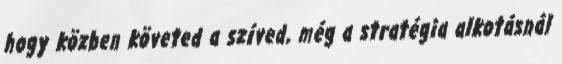
hogy közben követed a szíved, még a stratégia alkotásnál